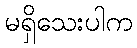
မရှိသေးပါက